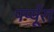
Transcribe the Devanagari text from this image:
पर्प्यूरा